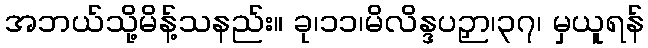
အဘယ်သို့မိန့်သနည်း။ ခု၊၁၁၊မိလိန္ဒပဉှာ၊၃၇၊ မှယူရန်